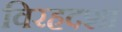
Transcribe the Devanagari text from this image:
विरहदशा